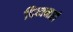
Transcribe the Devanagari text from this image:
दिव्यनारी